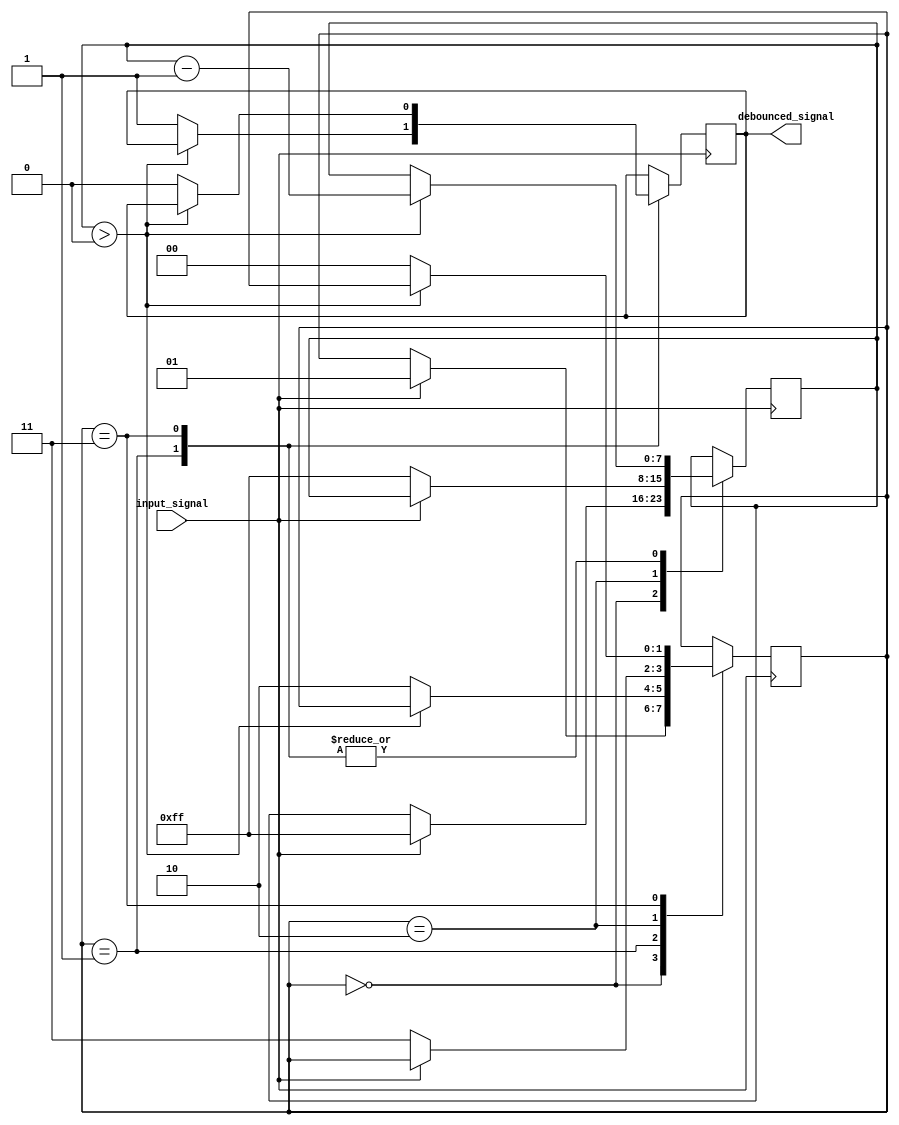
module debounce_circuit (
    input wire input_signal,
    output reg debounced_signal
);

reg [1:0] state = 2'b00;
reg [7:0] counter = 8'h00;

always @ (posedge input_signal) begin
    case(state)
        2'b00: begin
            if(input_signal) begin
                state <= 2'b01;
                counter <= 8'hFF;
            end
        end
        2'b01: begin
            if(counter > 0) begin
                counter <= counter - 1;
            end else begin
                state <= 2'b10;
                debounced_signal <= 1'b1;
            end
        end
        2'b10: begin
            if(~input_signal) begin
                state <= 2'b11;
                counter <= 8'hFF;
            end
        end
        2'b11: begin
            if(counter > 0) begin
                counter <= counter - 1;
            end else begin
                state <= 2'b00;
                debounced_signal <= 1'b0;
            end
        end
    endcase
end

endmodule